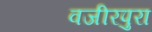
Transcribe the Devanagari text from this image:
वजीरपुरा